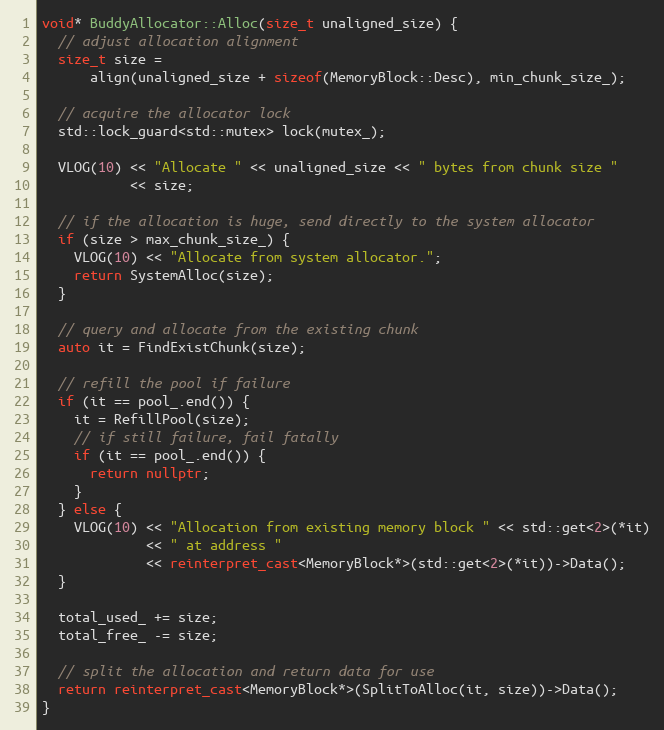
Language: C++
void* BuddyAllocator::Alloc(size_t unaligned_size) {
  // adjust allocation alignment
  size_t size =
      align(unaligned_size + sizeof(MemoryBlock::Desc), min_chunk_size_);

  // acquire the allocator lock
  std::lock_guard<std::mutex> lock(mutex_);

  VLOG(10) << "Allocate " << unaligned_size << " bytes from chunk size "
           << size;

  // if the allocation is huge, send directly to the system allocator
  if (size > max_chunk_size_) {
    VLOG(10) << "Allocate from system allocator.";
    return SystemAlloc(size);
  }

  // query and allocate from the existing chunk
  auto it = FindExistChunk(size);

  // refill the pool if failure
  if (it == pool_.end()) {
    it = RefillPool(size);
    // if still failure, fail fatally
    if (it == pool_.end()) {
      return nullptr;
    }
  } else {
    VLOG(10) << "Allocation from existing memory block " << std::get<2>(*it)
             << " at address "
             << reinterpret_cast<MemoryBlock*>(std::get<2>(*it))->Data();
  }

  total_used_ += size;
  total_free_ -= size;

  // split the allocation and return data for use
  return reinterpret_cast<MemoryBlock*>(SplitToAlloc(it, size))->Data();
}